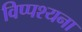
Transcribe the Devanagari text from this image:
विप्पश्यना